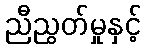
ညီညွတ်မှုနှင့်